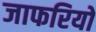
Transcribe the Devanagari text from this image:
जाफरियों